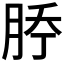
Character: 𰗇